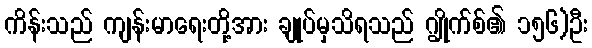
ကိန်းသည် ကျန်းမာရေးတို့အား ချုပ်မှသိရသည် ဂျွိုက်စ်၏ ၁၅၆)ဦး